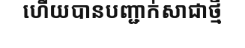
ហើយបានបញ្ជាក់សាជាថ្មី